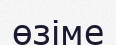
өзіме